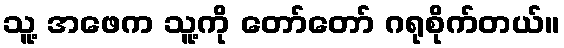
သူ့ အဖေက သူ့ကို တော်တော် ဂရုစိုက်တယ်။